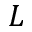
L